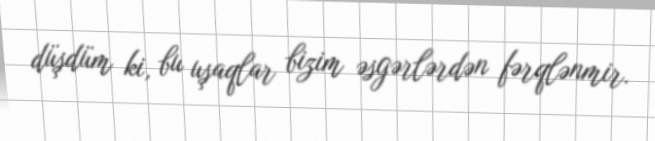
düşdüm ki, bu uşaqlar bizim əsgərlərdən fərqlənmir.